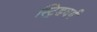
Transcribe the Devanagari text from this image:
स्ट्रिडवर्ग